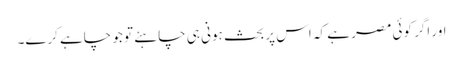
اور اگر کوئی مصر ہے کہ اس پر بحث ہونی ہی چاہئے تو جو چاہے کرے۔